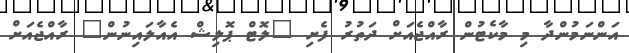
އަންނަމުންދާ މި މާކެޓުން ރާއްޖެއަށް ދަތުރު ފެށި "ލޮޓް ޕޮލިޝް އެއާލައިނުން" ރާއްޖެއަށް